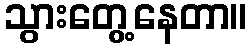
သွားတွေ့နေတာ။